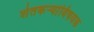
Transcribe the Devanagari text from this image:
शेतकर्‍यांविषयक